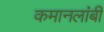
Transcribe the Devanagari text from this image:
कमानलांबी